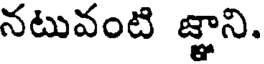
నటువంటి జ్ఞాని.